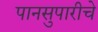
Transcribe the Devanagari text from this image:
पानसुपारीचे